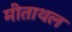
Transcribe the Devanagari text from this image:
मीताथल